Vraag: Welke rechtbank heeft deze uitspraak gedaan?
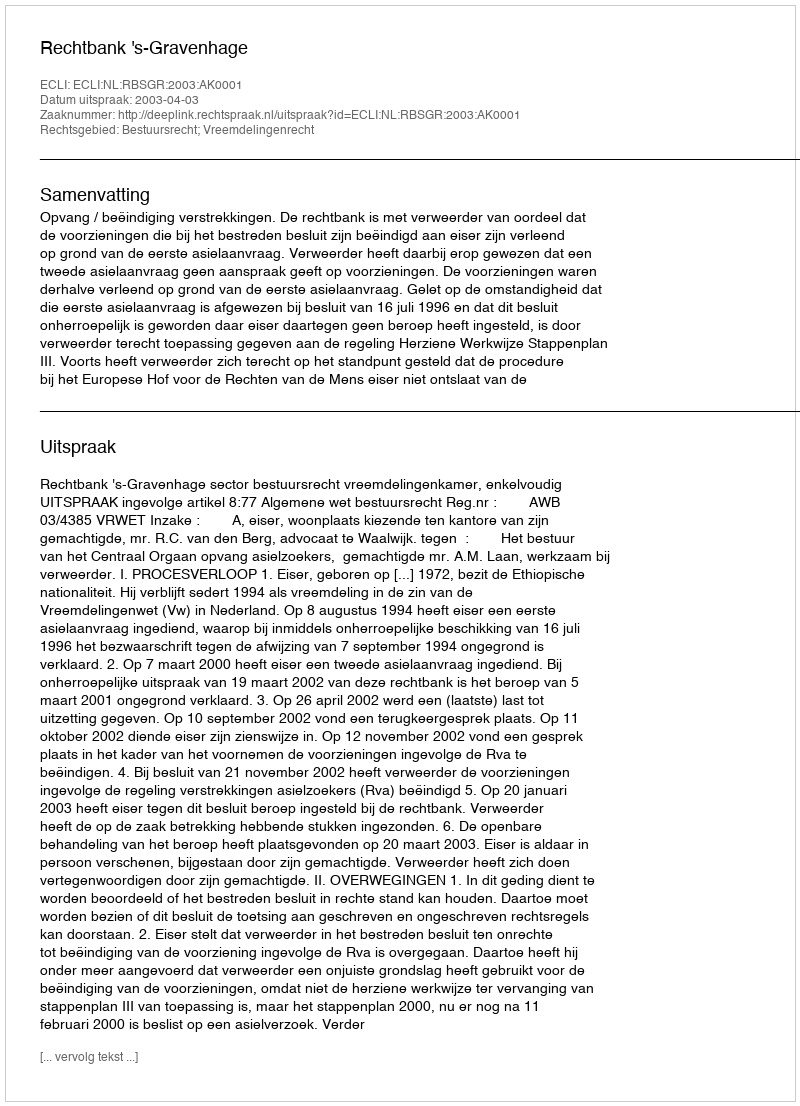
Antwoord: Rechtbank 's-Gravenhage